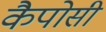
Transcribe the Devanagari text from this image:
कैपोसी